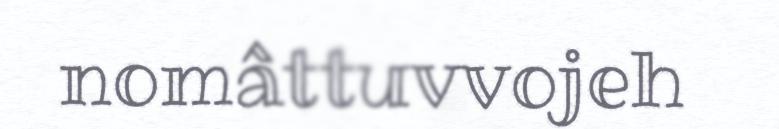
nomâttuvvojeh